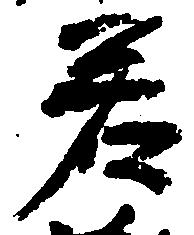
若